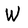
Character: W